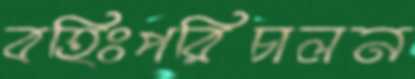
বহিঃপরিচালন